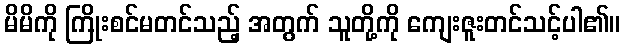
မိမိကို ကြိုးစင်မတင်သည့် အတွက် သူတို့ကို ကျေးဇူးတင်သင့်ပါ၏။